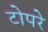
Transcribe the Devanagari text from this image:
टोपरे